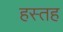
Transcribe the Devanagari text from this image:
हस्तह